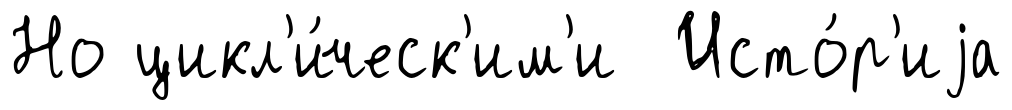
Но цикл'и́ческ'им'и Исто́р'иjа